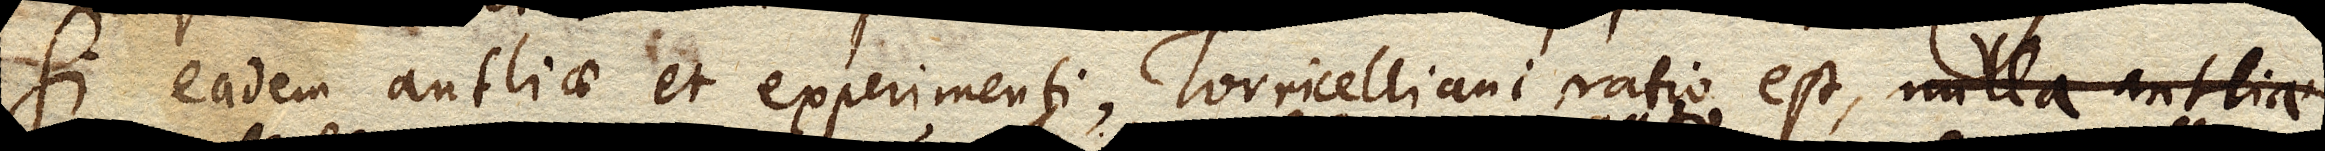
Si eadem antliae et Experimenti Torricelliani ratio est nulla antliae